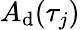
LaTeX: A_{\mathrm{d}}(\tau_{j})